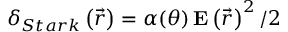
\delta _ { S t a r k } \left( \vec { r } \right) = \alpha ( \theta ) \, \mathbf { E } \left( \vec { r } \right) ^ { 2 } / 2